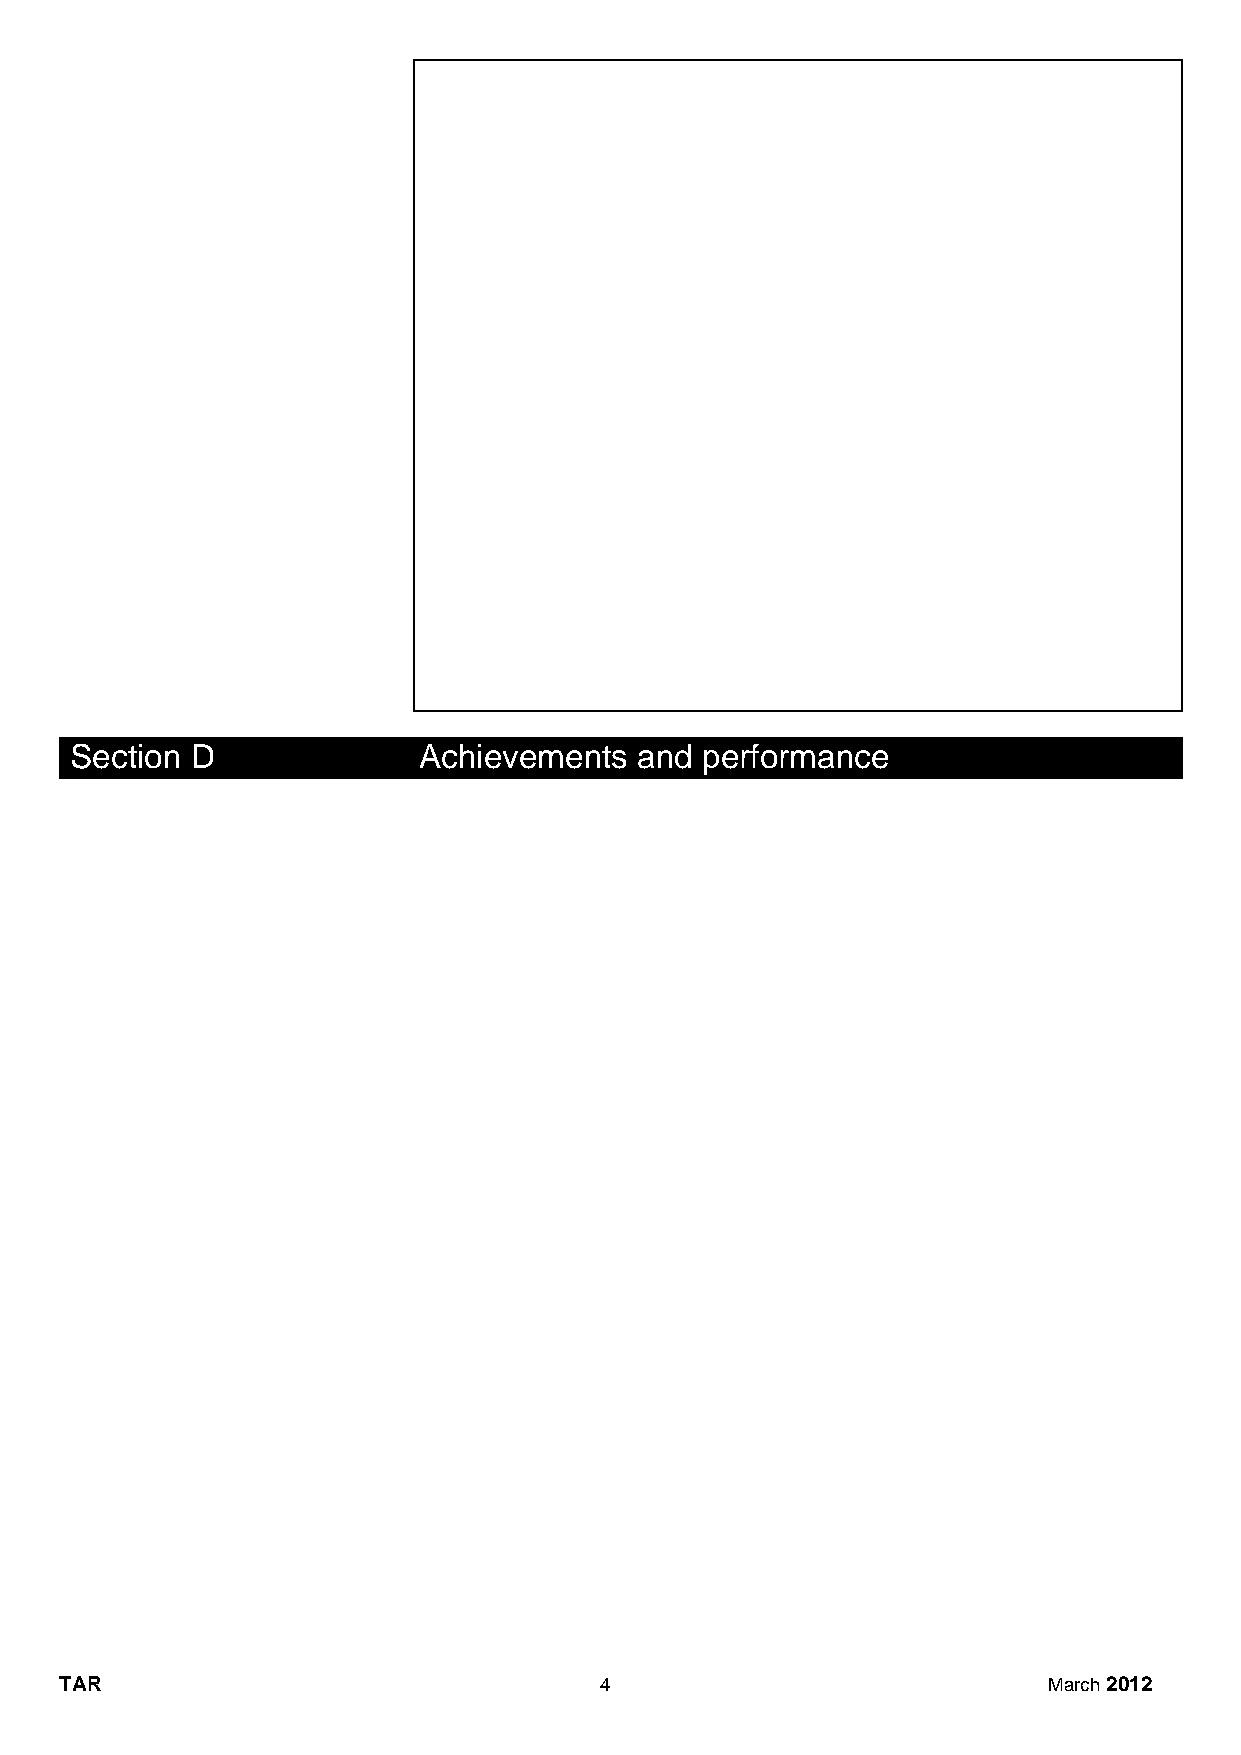
Section D              Achievements  and performance
 TAR                                 4                            March 2012